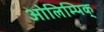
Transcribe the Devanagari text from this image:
ओलिम्पिक्